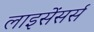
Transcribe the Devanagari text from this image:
लाइसेंसर्स